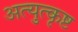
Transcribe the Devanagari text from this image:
अत्युुत्कृष्ट